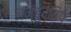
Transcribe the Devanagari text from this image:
जम्बुद्विप